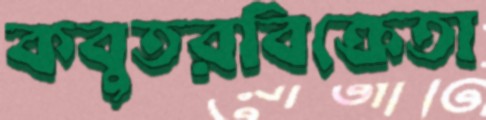
কবুতরবিক্রেতা